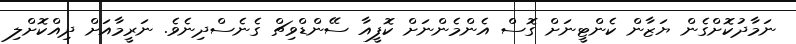
ނަމާދުކޮށްގެން ޔަޒާން ކެންޓީނަށް ގޮސް އެންމެންނަށް ކޮފީއާ ސޭންޑްވިޗް ގެނެސްދިނެވެ. ނަރީމާއަށް ދިއްކޮށްލި